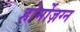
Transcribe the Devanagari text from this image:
होर्मोज़ग्न